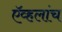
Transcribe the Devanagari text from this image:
ऍव्हलांच